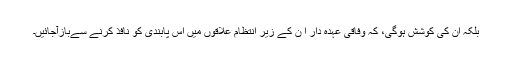
بلکہ اُن کی کوشش ہوگی، کہ وفاقی عہدہ دار اُ ن کے زیر ِانتظام علاقوں میں اس پابندی کو نافذ کرنے سےبازآجائیں۔